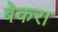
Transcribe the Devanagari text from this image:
बेकरा